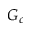
G _ { c }